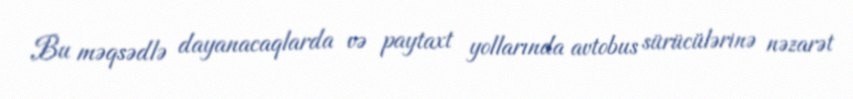
Bu məqsədlə dayanacaqlarda və paytaxt yollarında avtobus sürücülərinə nəzarət